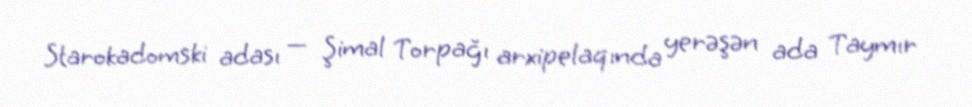
Starokadomski adası — Şimal Torpağı arxipelaqında yerəşən ada Taymır